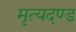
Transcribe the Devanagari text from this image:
मृत्यदण्ड